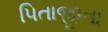
પિતાજીના